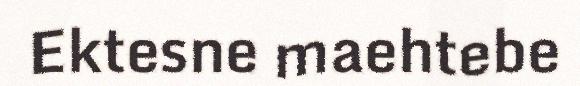
Ektesne maehtebe